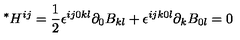
{ } ^ { * } H ^ { i j } = \frac { 1 } { 2 } \epsilon ^ { i j 0 k l } \partial _ { 0 } B _ { k l } + \epsilon ^ { i j k 0 l } \partial _ { k } B _ { 0 l } = 0